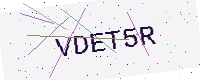
Text: VDET5R